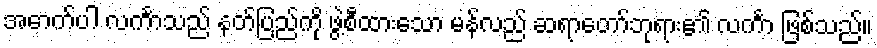
အောက်ပါ လင်္ကာသည် နတ်ပြည်ကို ဖွဲ့စီထားသော မန်လည် ဆရာတော်ဘုရား၏ လင်္ကာ ဖြစ်သည်။